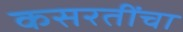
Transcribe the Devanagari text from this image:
कसरतींचा